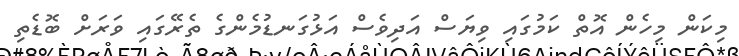
މިކަން މިހެން އޮތް ކަމުގައި ވިޔަސް އަދިވެސް އަޅުގަނޑުމެންގެ ތެރޭގައި ވަރަށް ބޮޑެތި